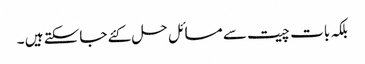
بلکہ بات چیت سے مسائل حل کئے جاسکتے ہیں ۔